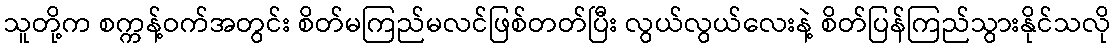
သူတို့က စက္ကန့်ဝက်အတွင်း စိတ်မကြည်မလင်ဖြစ်တတ်ပြီး လွယ်လွယ်လေးနဲ့ စိတ်ပြန်ကြည်သွားနိုင်သလို